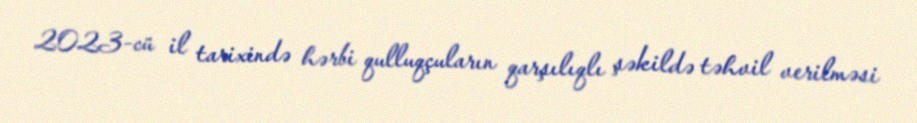
2023-cü il tarixində hərbi qulluqçuların qarşılıqlı şəkildə təhvil verilməsi